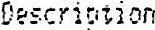
DESCRIPTION